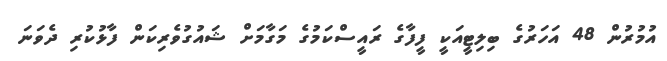
އުމުރުން 48 އަހަރުގެ ބިލިޓީއަކީ ފީފާގެ ރައީސްކަމުގެ މަގާމަށް ޝައުގުވެރިކަން ފާޅުކުރި ދެވަނަ